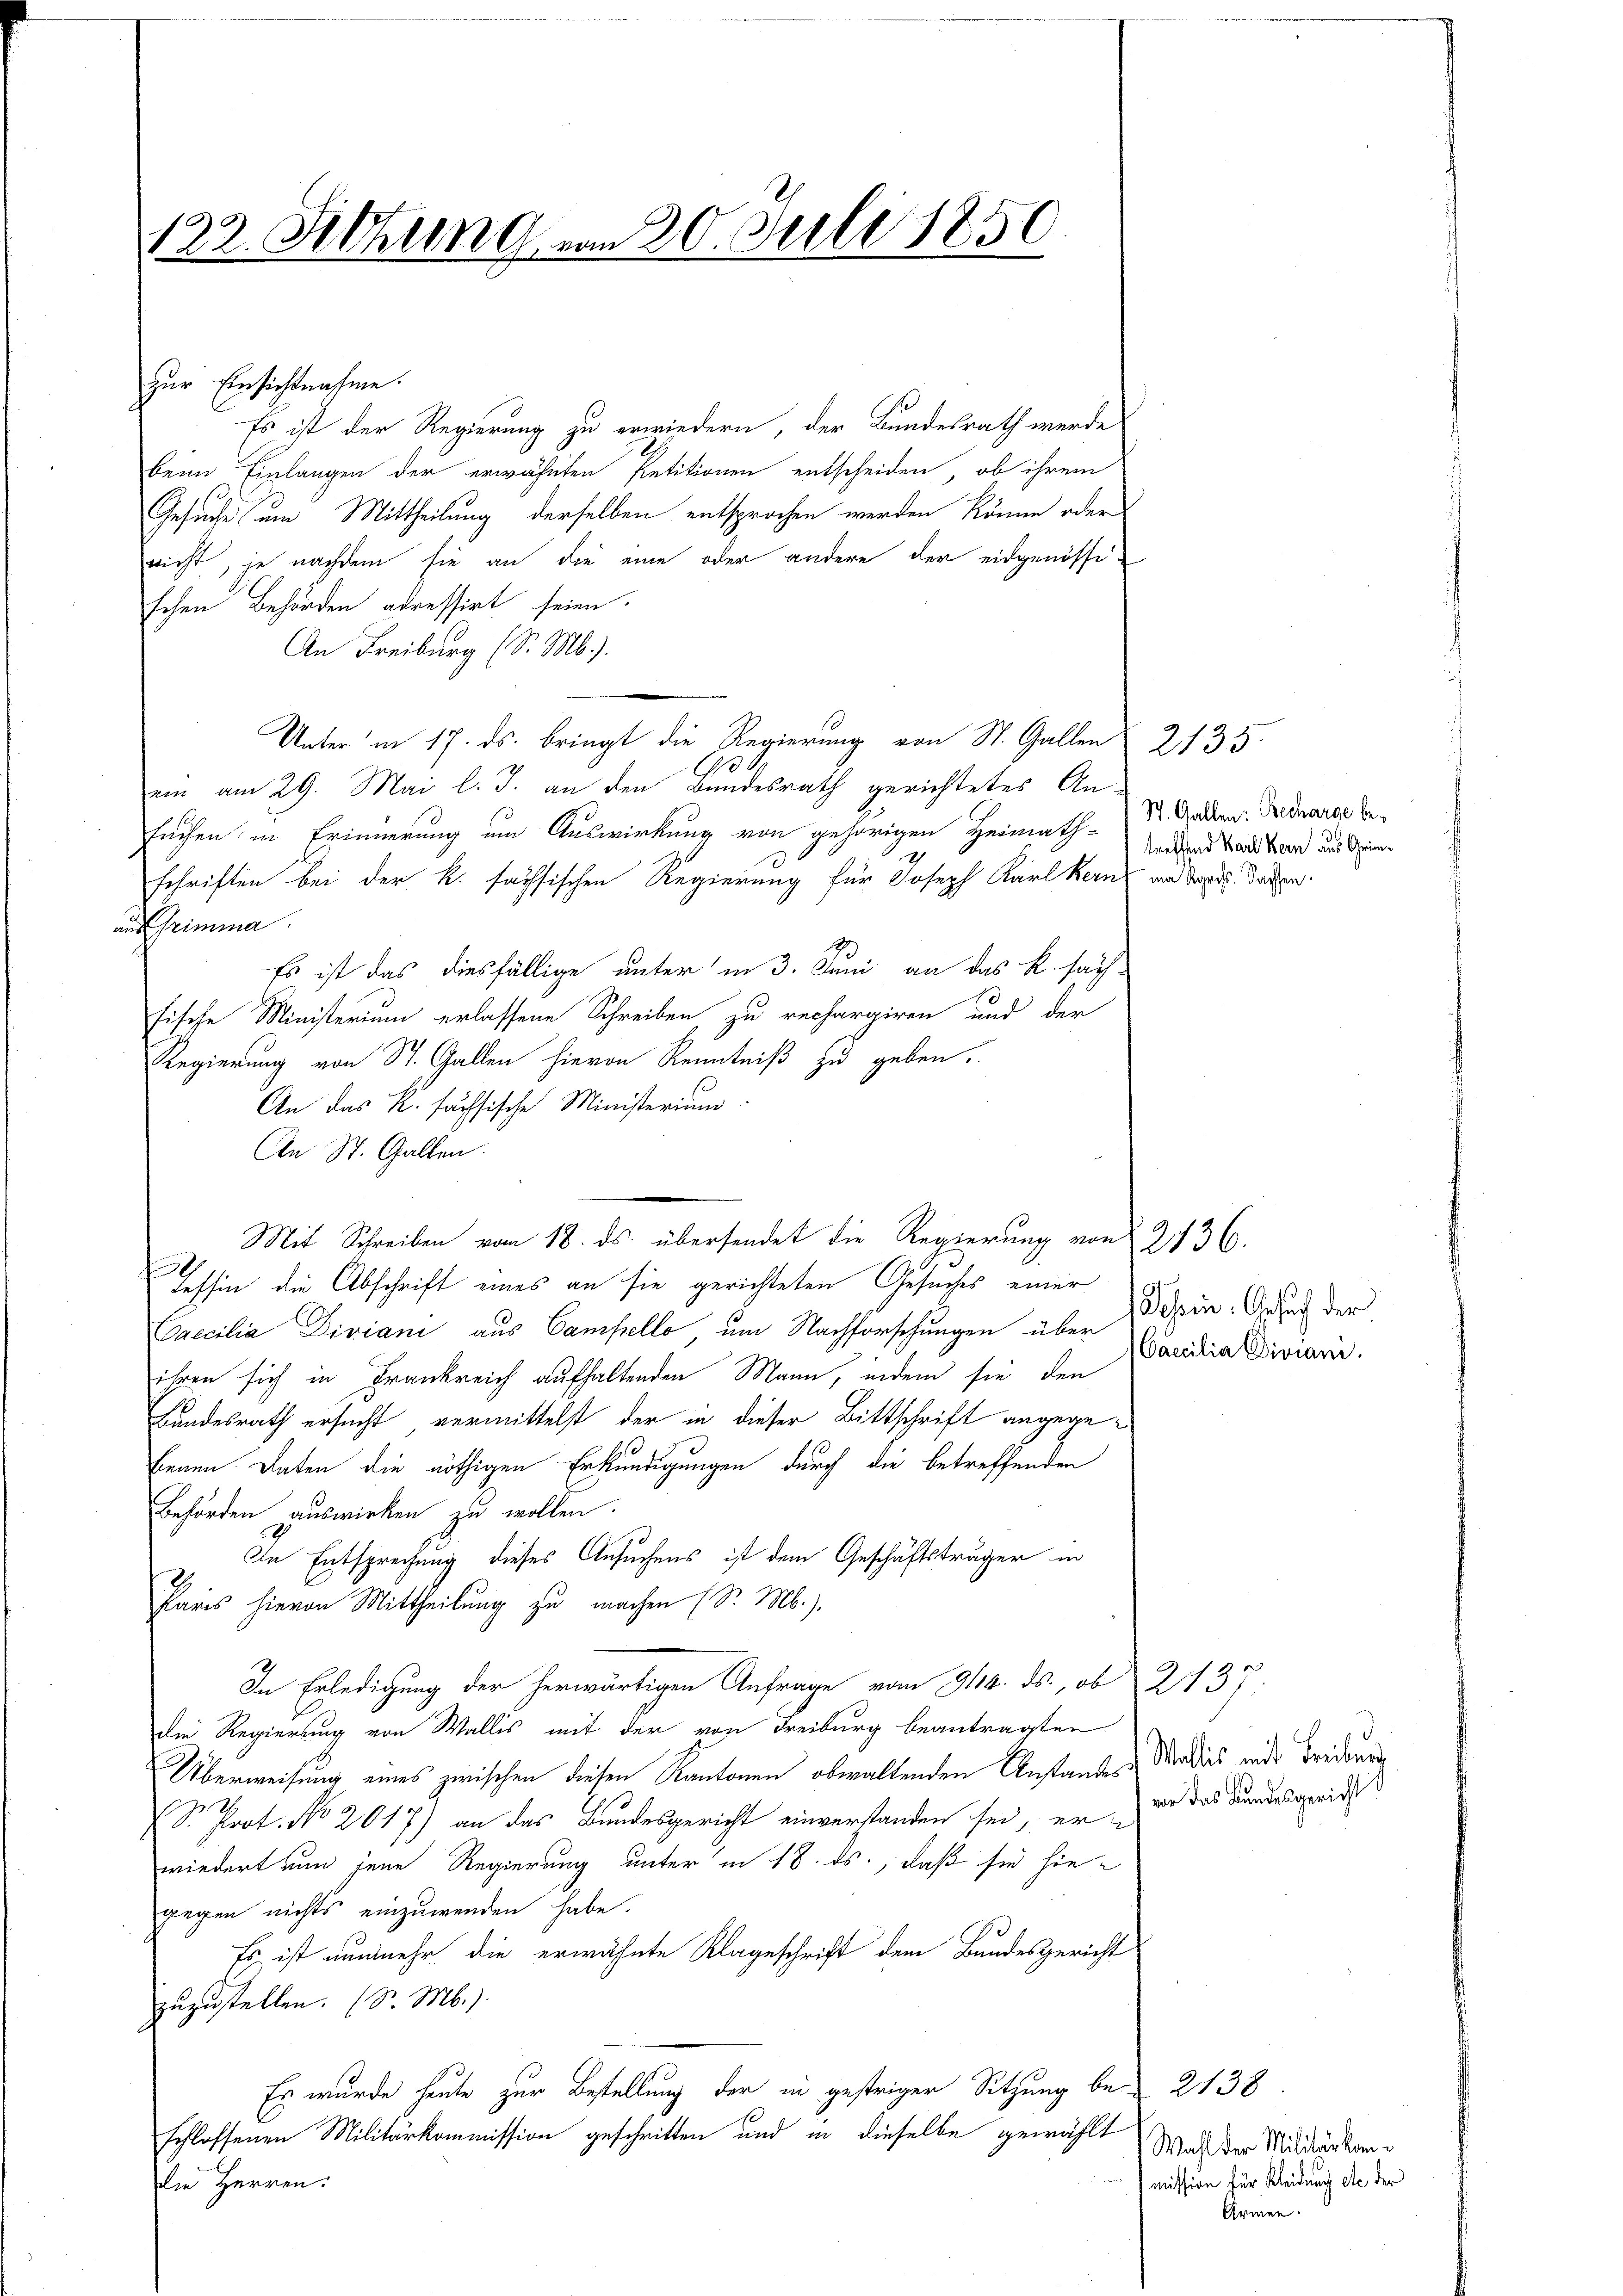
zur Einsichtnahme.
Es ist der Regierung zu erwiedern, der Bundesrath werde
beim Einlangen der erwähnten Petitionen entscheiden, ob ihrem
Gesuche um Mittheilung derselben entsprochen werden könne oder
nicht, je nachdem sie an die eine oder andere der eidgenössischen Behörden adressirt seien.
An Freiburg (S. Mb.).
Unter in 17. ds. bringt die Regierung von St. Gallen 2135.
ein am 29. Mai l. J. an den Bundesrath gerichtetes An-
suchen in Erinnerung um Auswirkung von gehörigen Heimath-
schriften bei der k. sächsischen Regierung für Joseph Karl Kerns an Tages dritten.
aus Grimma
Es ist das diesfällige unter in 3. Juni an das R. sach-
fische Ministerium erlassene Schreiben, zu rechargiren und der
Regierung von St. Gallen hievon Kenntniß zu geben.
An das K. sächsische Ministerium
An St. Gallen.
Mit Schreiben vom 18. ds. übersendet die Regierung von 2736.
9
Tessin die Abschrift eines an sie gerichteten Gesuches einer
Caecilia Diviani aus Campello um Nachforschungen über
ihren sich in Frankreich aufhaltenden Mann, indem sie den
Landesrath ersucht vermittelst der in dieser Bittschrift angegebenen Daten die nöthigen Erkundigungen durch die betreffenden
Behörden auswirken zu wollen.
In Entsprechung dieses Ansuchens ist dem Geschäftsträger in
Paris hievon Mittheilung zu machen (S. M.).
In Erledigung der herwärtigen Anfrage vom 3118. ds., ob 2137,
die Regierung von Wallis mit der von Freiburg beantragten
Überweisung eines zwischen diesen Kantonen obwaltenden Anstander, Madiis eide Freiburg
S. Prot. No 2617) an das Bundesgericht einverstanden sei, er er das Bundesgerich
wiedert nun jene Regierung unter in 18. ds., daß sie hiegegen nichts einzuwenden habe.
Es ist nunmehr die erwähnte Klageschrift dem Bundesgericht
zuzustellen. (S. M.).
Es wurde heute zur Bestellung der in gestriger Sitzung be- 2138
schlossenen Militärkommission geschritten und in dieselbe gewählt Was der Milderkendie Herren.

122. Sitzung vom 20. Juli 1850.

St. Gallen: Becharge betreffend Karl Kern aus Grin¬

Dein Gesuch der
Caecilia Diviani.

mission für Kleidung ste der
Armen.